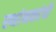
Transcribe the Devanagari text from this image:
स्थांनकांची